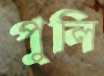
পুলি